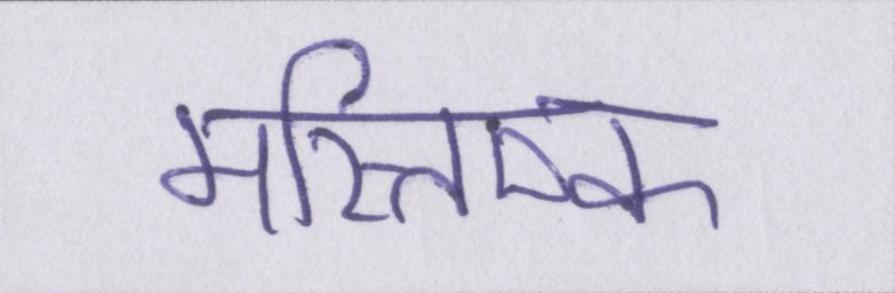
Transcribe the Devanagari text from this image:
मस्तिष्क